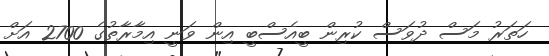
ހަތަރު މަސް ދުވަސް ކުރިން ބީއެސްބީ އިން ވަނީ އިމާރާތުގެ 2700 އަށް